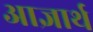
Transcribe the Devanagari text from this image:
आज्ञार्थ